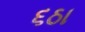
૬ઠા